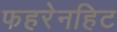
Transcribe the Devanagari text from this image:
फहरेनहिट